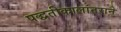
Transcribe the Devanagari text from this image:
पद्धतीकालांतराने